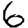
Digit: 6